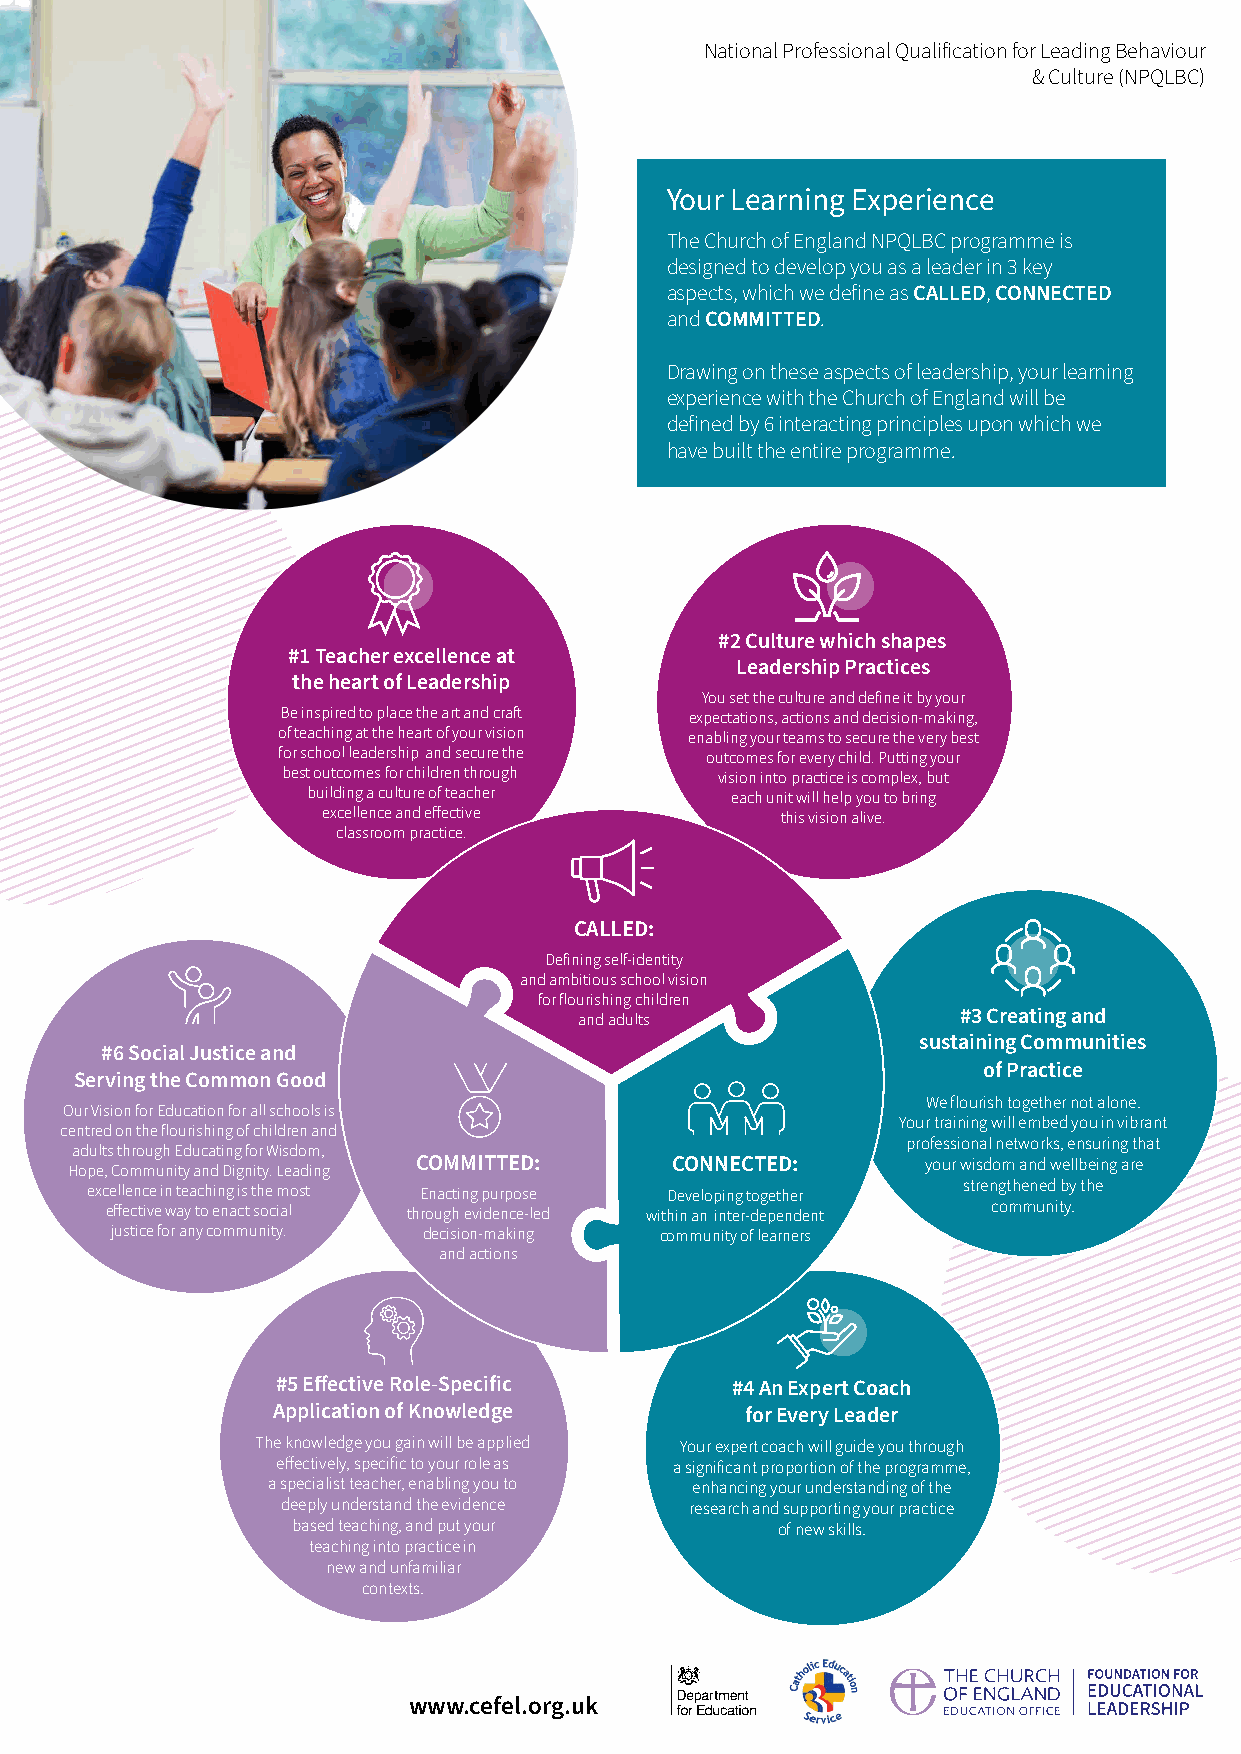
National Professional Qualification for Leading Behaviour
 & Culture (NPQLBC)
 Your Learning Experience
 The Church of England NPQLBC programme is
 designed to develop you as a leader in 3 key
 aspects, which we define as CALLED, CONNECTED
 and COMMITTED.
 Drawing on these aspects of leadership, your learning
 experience with the Church of England will be
 defined by 6 interacting principles upon which we
 have built the entire programme.
 #2 Culture which shapes
 #1 Teacher excellence at
 Leadership Practices
 the heart of Leadership
 You set the culture and define it by your
 Be inspired to place the art and craft expectations, actions and decision-making,
 of teaching at the heart of your vision enabling your teams to secure the very best
 for school leadership and secure the outcomes for every child. Putting your
 best outcomes for children through vision into practice is complex, but
 building a culture of teacher each unit will help you to bring
 excellence and effective       this vision alive.
 classroom practice.
 CALLED:
 Defining self-identity
 and ambitious school vision
 for flourishing children
 and adults               #3 Creating and
 sustaining Communities
 #6 Social Justice and
 of Practice
 Serving the Common Good
 We flourish together not alone.
 Our Vision for Education for all schools is
 Your training will embed you in vibrant
 centred on the flourishing of children and
 professional networks, ensuring that
 adults through Educating for Wisdom,
 Hope, Community and Dignity. Leading COMMITTED: CONNECTED: your wisdom and wellbeing are
 excellence in teaching is the most Enacting purpose Developing together strengthened by the
 effective way to enact social through evidence-led within an inter-dependent community.
 justice for any community. decision-making community of learners
 and actions
 #5 Effective Role-Specific    #4 An Expert Coach
 Application of Knowledge       for Every Leader
 The knowledge you gain will be applied Your expert coach will guide you through
 effectively, specific to your role as a significant proportion of the programme,
 a specialist teacher, enabling you to enhancing your understanding of the
 deeply understand the evidence research and supporting your practice
 based teaching, and put your    of new skills.
 teaching into practice in
 new and unfamiliar
 contexts.
 www.cefel.org.uk